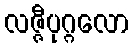
လဇ္ဇီပုဂ္ဂလော